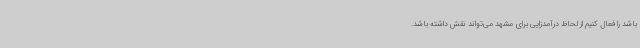
باشد را فعال کنیم از لحاظ درآمدزایی برای مشهد می‌تواند نقش داشته باشد.